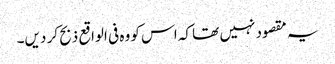
یہ مقصود نہیں تھا کہ اس کو وہ فی الواقع ذبح کر دیں۔